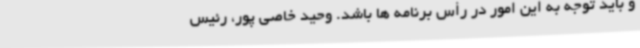
و باید توجه به این امور در رأس برنامه ها باشد. وحید خاصی پور، رئیس